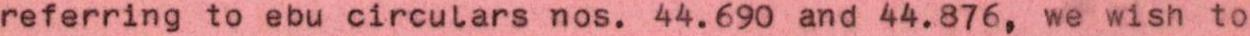
referring to ebu circulars nos. 44.690 and 44.876, we wish to